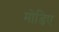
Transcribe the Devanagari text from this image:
मोड़िए